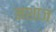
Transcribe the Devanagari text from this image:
मशाज